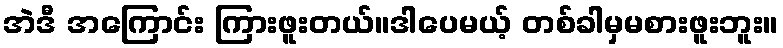
အဲဒီ အကြောင်း ကြားဖူးတယ်။ဒါပေမယ့် တစ်ခါမှမစားဖူးဘူး။